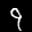
Label: 9